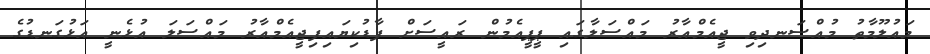
މައުލޫމާތު މުއްސަނދިވި ޖީއެމްއާރު މައްސަލާގައި ޕީޕީއެމުން ރައީސަށް ފާޑުކިޔައިފިޖީއެމްއާރު މައްސަލަ އުޅެނީ އަޅުގަނޑުގެ